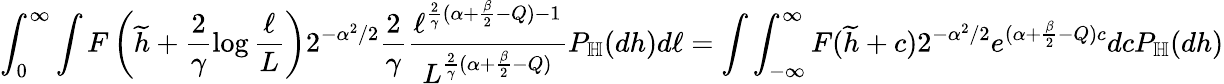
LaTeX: \int_{0}^{\infty}\int F\left(\widetilde{h}+\frac{2}{\gamma}\log\frac{\ell}{L}\right)2^{-\alpha^{2}/2}\frac{2}{\gamma}\frac{\ell^{\frac{2}{\gamma}(\alpha+\frac{\beta}{2}-Q)-1}}{L^{\frac{2}{\gamma}(\alpha+\frac{\beta}{2}-Q)}}P_{\mathbb H}(dh)d\ell=\int\int_{-\infty}^{\infty}F(\widetilde{h}+c)2^{-\alpha^{2}/2}e^{(\alpha+\frac{\beta}{2}-Q)c}dcP_{\mathbb H}(dh)